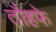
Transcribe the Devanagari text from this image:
तौहफे